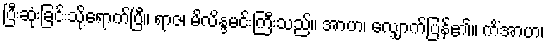
ပြီးဆုံးခြင်းသို့ရောက်ပြီ။ ရာဇ၊ မိလိန္ဒမင်းကြီးသည်။ အာဟ၊ လျှောက်ပြန်၏။ ကိံအာဟ၊